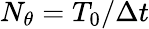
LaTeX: N_{\theta}=T_{0}/\Delta t